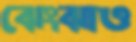
ঝেংঝাও